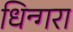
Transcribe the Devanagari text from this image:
धिन्गरा